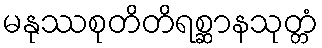
မနုဿစုတိတိရစ္ဆာနသုတ္တံ